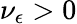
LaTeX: \nu_{\epsilon}>0